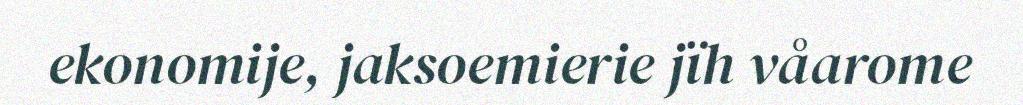
ekonomije, jaksoemierie jïh våarome